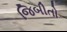
જિબીતો